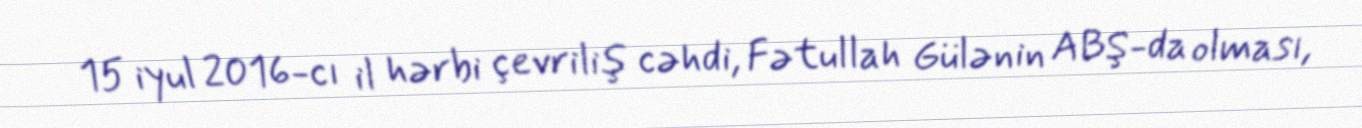
15 iyul 2016-cı il hərbi çevriliş cəhdi, Fətullah Gülənin ABŞ-da olması,